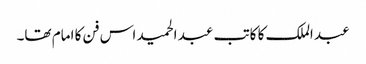
عبد الملک کا کاتب عبد الحمید اس فن کا امام تھا۔